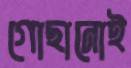
গোছানোই